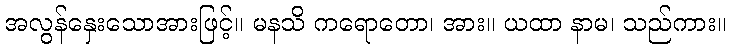
အလွန်နှေးသောအားဖြင့်။ မနသိ ကရောတော၊ အား။ ယထာ နာမ၊ သည်ကား။